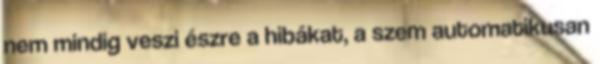
nem mindig veszi észre a hibákat, a szem automatikusan